Annual statistical returns and brief notes on vaccination in Bengal - 1896-1909
Year: 1896
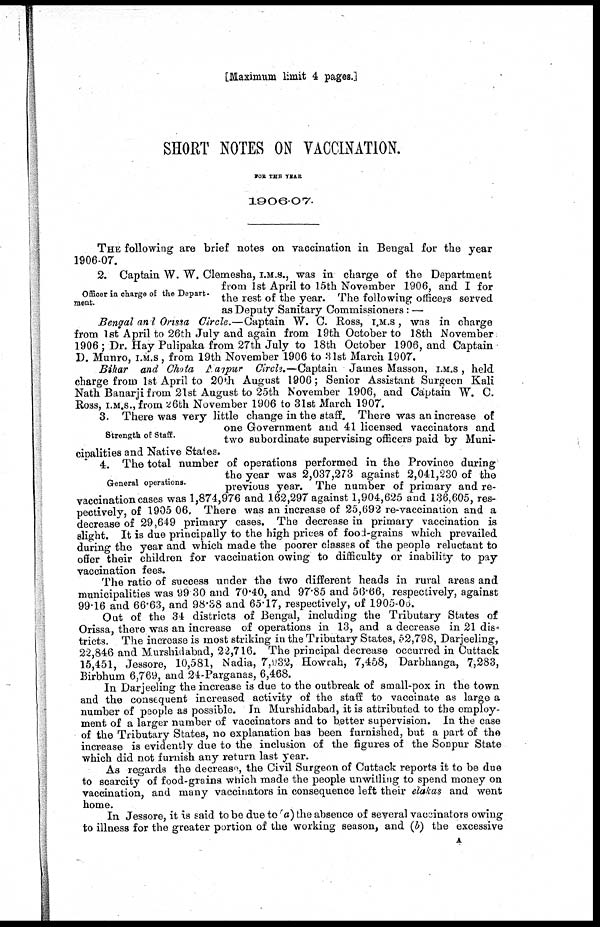
[Maximum limit 4 pages.]
SHORT NOTES ON VACCINATION.
FOR THE YEAR
1906-07.
THE following are brief notes on vaccination in Bengal for the year
1906-07.
Officer in charge of the Depart-
ment.
2. Captain W. W. Clemesha, I.M.S., was in charge of the Department
from 1st April to 15th November 1906, and I for
the rest of the year. The following officers served
as Deputy Sanitary Commissioners: —
Bengal and Orissa Circle.—Captain W. C. Ross, I.M.S., was in charge
from 1st April to 26th July and again from 19th October to 18th November
1906 ; Dr. Hay Pulipaka from 27th July to 18th October 1906, and Captain
D. Munro, I.M.S., from 19th November 1906 to 31st March 1907.
Bihar and Chota Nagpur Circle.—Captain James Masson, I.M.S., held
charge from 1st April to 20th August 1906; Senior Assistant Surgeon Kali
Nath Banarji from 21st August to 25th November 1906, and Captain W. C.
Ross, I.M.S., from 26th November 1906 to 31st March 1907.
Strength of Staff.
3. There was very little change in the staff. There was an increase of
one Government and 41 licensed vaccinators and
two subordinate supervising officers paid by Muni-
cipalities and Native States.
General operations.
4. The total number of operations performed in the Province during
the year was 2,037,273 against 2,041,230 of the
previous year. The number of primary and re-
vaccination cases was 1,874,976 and 162,297 against 1,904,625 and 136,605, res-
pectively, of 1905 06. There was an increase of 25,692 re-vaccination and a
decrease of 29,649 primary cases. The decrease in primary vaccination is
slight. It is due principally to the high prices of food-grains which prevailed
during the year and which made the poorer classes of the people reluctant to
offer their children for vaccination owing to difficulty or inability to pay
vaccination fees.
The ratio of success under the two different heads in rural areas and
municipalities was 99 30 and 70.40, and 97.85 and 56.66, respectively, against
99.16 and 66.63, and 98.38 and 65.17, respectively, of 1905-06.
Out of the 34 districts of Bengal, including the Tributary States of
Orissa, there was an increase of operations in 13, and a decrease in 21 dis-
tricts. The increase is most striking in the Tributary States, 52,798, Darjeeling,
22,846 and Murshidabad, 22,716. The principal decrease occurred in Cuttack
15,451, Jessore, 10,581, Nadia, 7,932, Howrah, 7,458, Darbhanga, 7,283,
Birbhum 6,769, and 24-Parganas, 6,468.
In Darjeeling the increase is due to the outbreak of small-pox in the town
and the consequent increased activity of the staff to vaccinate as large a
number of people as possible. In Murshidabad, it is attributed to the employ-
ment of a larger number of vaccinators and to better supervision. In the case
of the Tributary States, no explanation has been furnished, but a part of the
increase is evidently due to the inclusion of the figures of the Sonpur State
which did not furnish any return last year.
As regards the decrease, the Civil Surgeon of Cuttack reports it to be due
to scarcity of food-grains which made the people unwilling to spend money on
vaccination, and many vaccinators in consequence left their elakas and went
home.
In Jessore, it is said to be due to (a) the absence of several vaccinators owing
to illness for the greater portion of the working season, and (b) the excessive
A